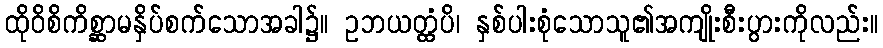
ထိုဝိစိကိစ္ဆာမနှိပ်စက်သောအခါ၌။ ဥဘယတ္ထံပိ၊ နှစ်ပါးစုံသောသူ၏အကျိုးစီးပွားကိုလည်း။